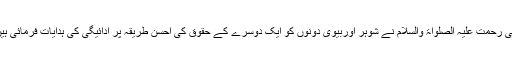
نبی رحمت علیہ الصلواۃ والسلام نے شوہر اوربیوی دونوں کو ایک دوسرے کے حقوق کی احسن طریقہ پر ادائیگی کی ہدایات فرمائی ہیں۔